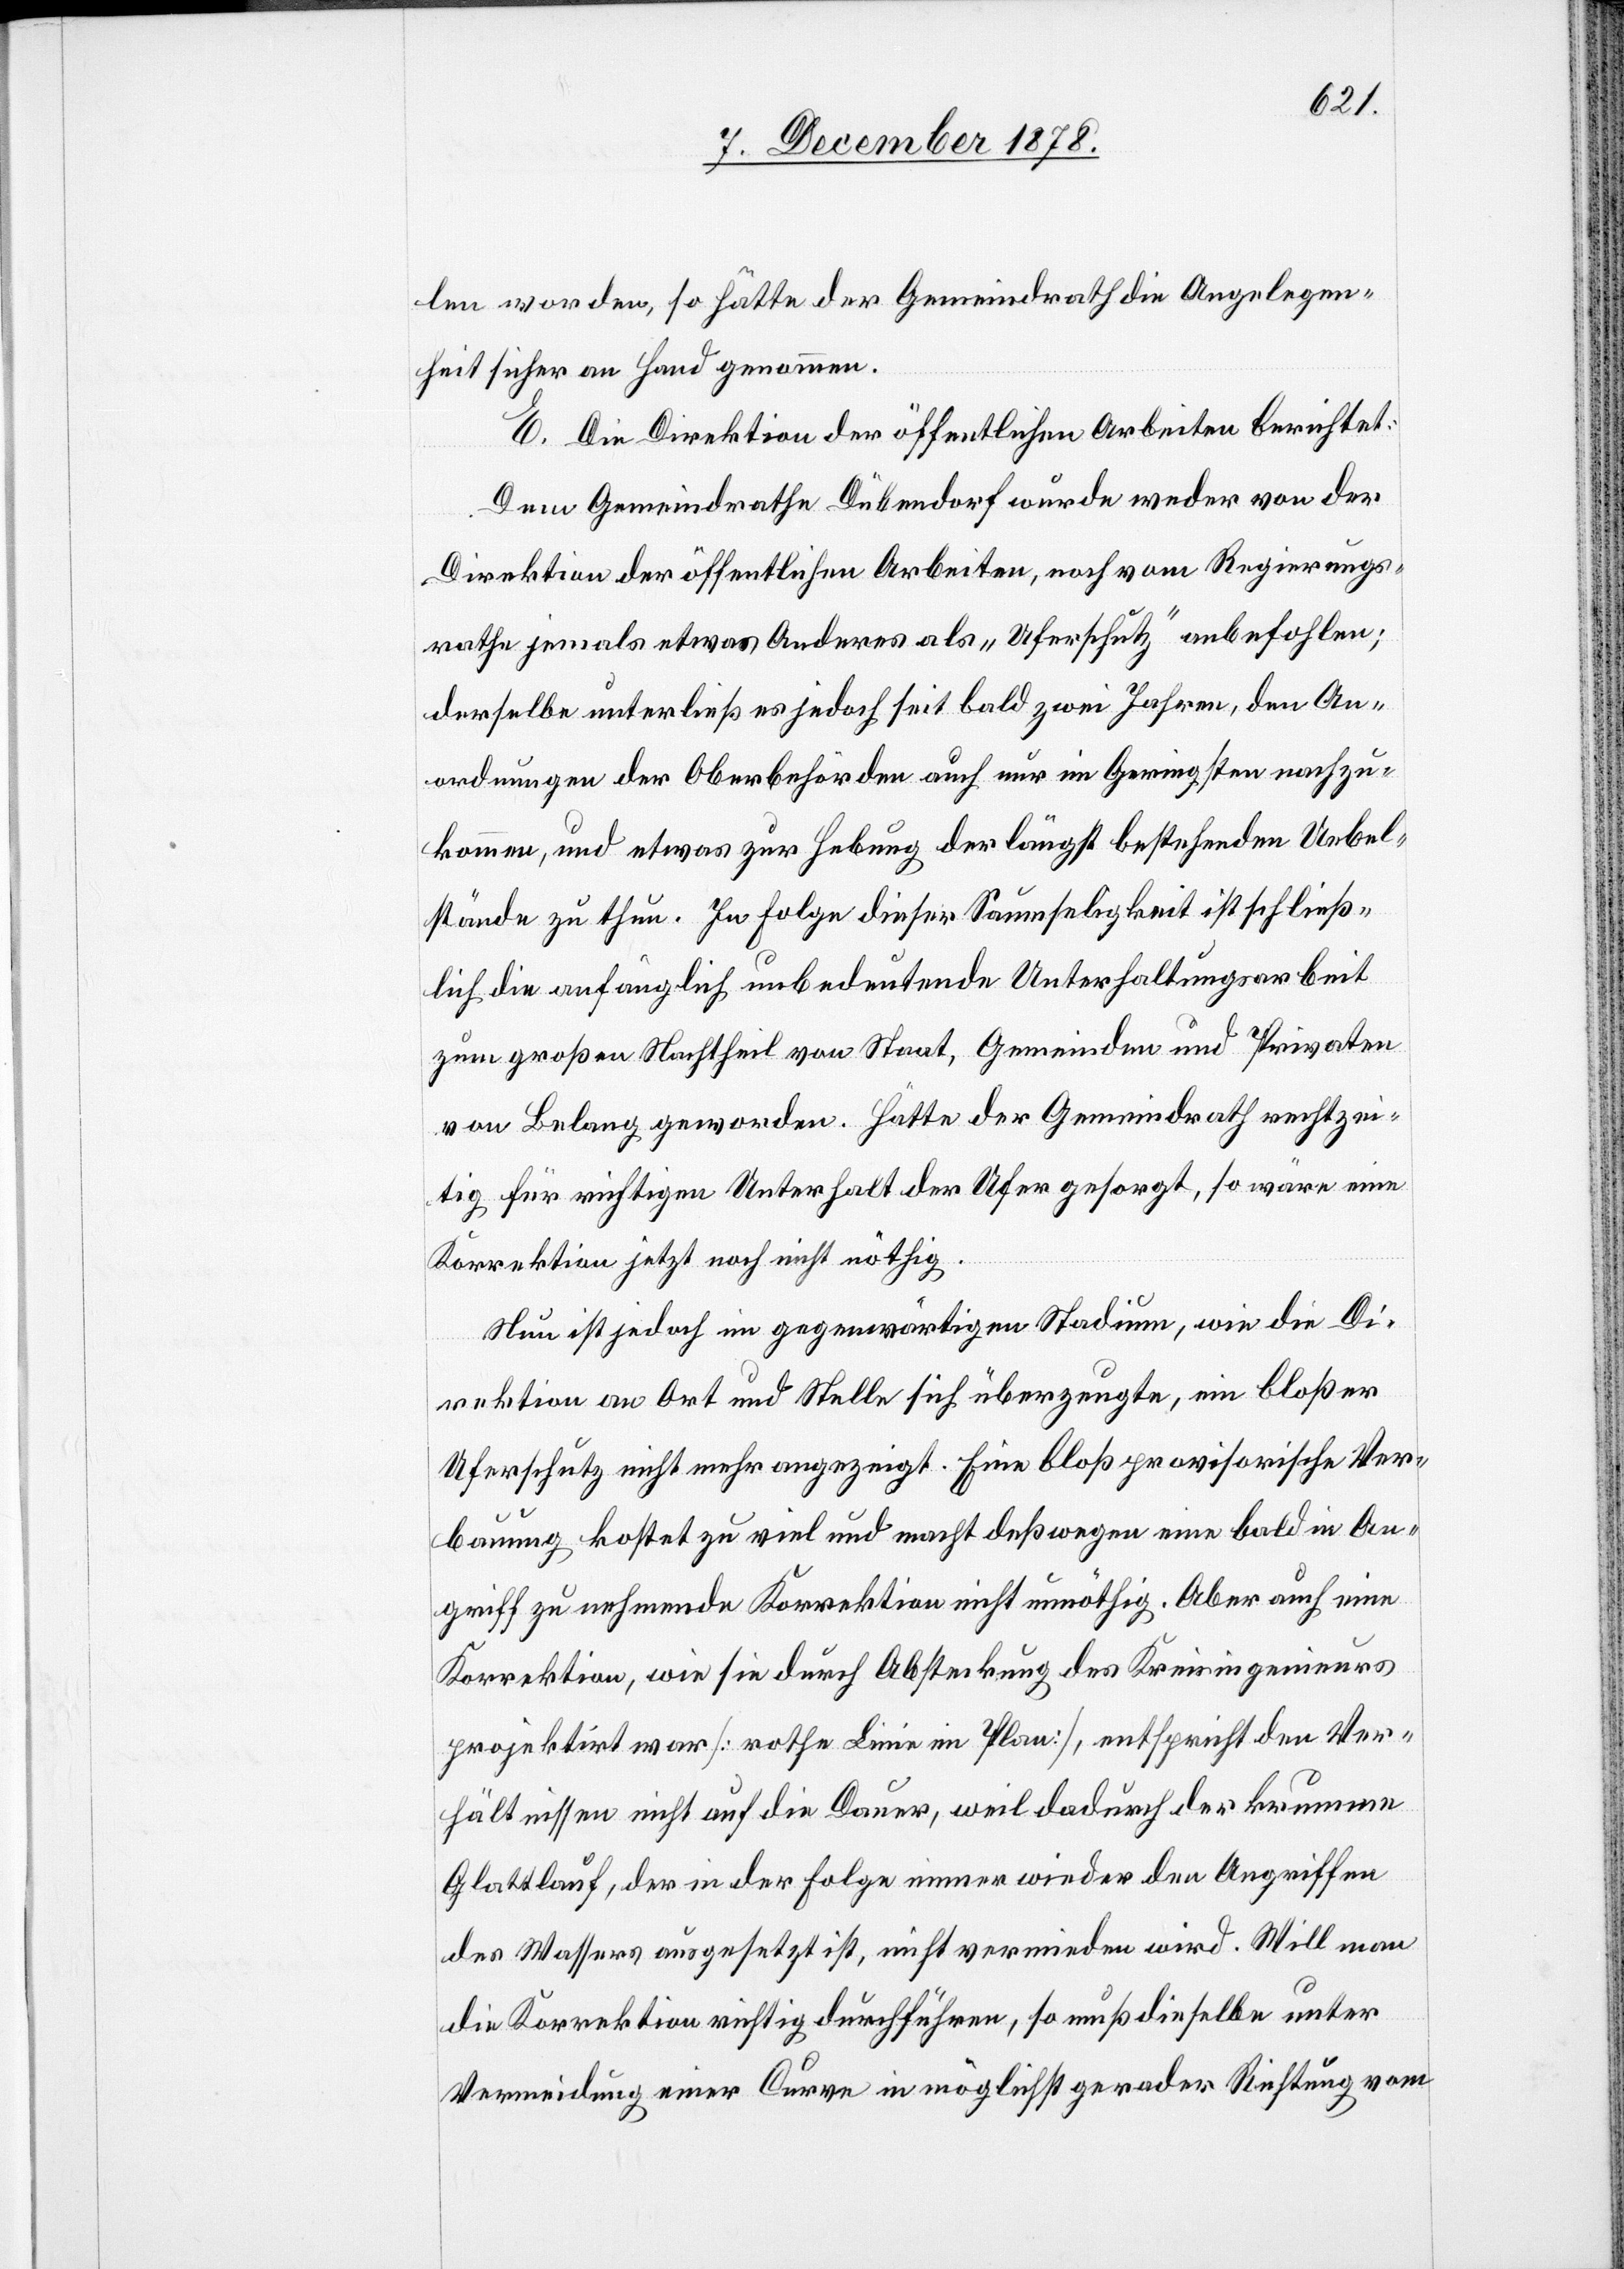
len worden, so hätte der Gemeindrath die Angelegen¬
heit sicher an Hand genommen.
E. Die Direktion der öffentlichen Arbeiten berichtet:
Dem Gemeindrathe Dübendorf wurde weder von der
Direktion der öffentlichen Arbeiten, noch vom Regierungs¬
rathe jemals etwas Anderes als „Uferschutz“ anbefohlen;
derselbe unterließ es jedoch seit bald zwei Jahren, den An¬
ordnungen der Oberbehörden auch nur im Geringsten nachzu¬
kommen, und etwas zur Hebung der längst bestehenden Uebel¬
stände zu thun. In Folge dieser Saumseligkeit ist schließ¬
lich die anfänglich unbedeutende Unterhaltungsarbeit
zum großen Nachtheil von Staat, Gemeinden und Privaten
von Belang geworden. Hätte der Gemeindrath rechtzei¬
tig für richtigen Unterhalt der Ufer gesorgt, so wäre eine
Korrektion jetzt noch nicht nöthig.
Nun ist jedoch im gegenwärtigen Stadium, wie die Di¬
rektion an Ort und Stelle sich überzeugte, ein bloßer
Uferschutz nicht mehr angezeigt. Eine bloß provisorische Ver¬
bauung kostet zu viel und macht deßwegen eine bald in An¬
griff zu nehmende Korrektion nicht unnöthig. Aber auch eine
Korrektion, wie sie durch Absteckung des Kreisingenieurs
projektirt war [rothe Linie im Plan], entspricht den Ver¬
hältnissen nicht auf die Dauer, weil dadurch der krumme
Glattlauf, der in der Folge immer wieder den Angriffen
des Wassers ausgesetzt ist, nicht vermieden wird. Will man
die Korrektion richtig durchführen, so muß dieselbe unter
Vermeidung einer Curve in möglichst gerader Richtung vom